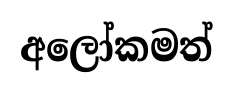
අලෝකමත්